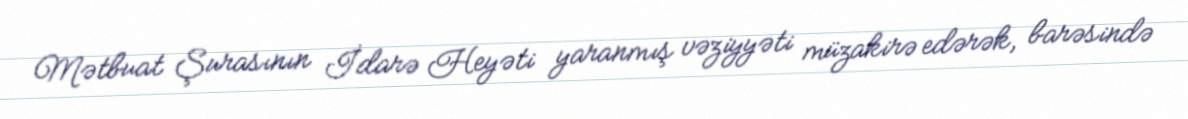
Mətbuat Şurasının İdarə Heyəti yaranmış vəziyyəti müzakirə edərək, barəsində